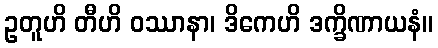
ဥတူဟိ တီဟိ ဝဿာနာ၊ ဒိကေဟိ ဒက္ခိဏာယနံ။